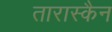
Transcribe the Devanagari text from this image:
तारास्कैन